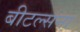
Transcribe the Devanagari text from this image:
बीटल्सना